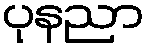
ပုနညာ